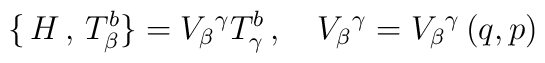
\{ \, H  \, , \, T^{b}_\beta \}=V_\beta{}^\gamma T_\gamma^b \, , \quad V_\beta{}^\gamma=V_\beta{}^\gamma \, (q,p)